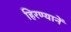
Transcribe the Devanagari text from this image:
हिरण्यानें